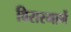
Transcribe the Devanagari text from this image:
विरारमार्गे